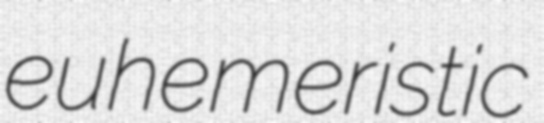
euhemeristic